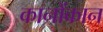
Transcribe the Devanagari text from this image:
कानोंकान